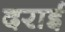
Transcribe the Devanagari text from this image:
दराई